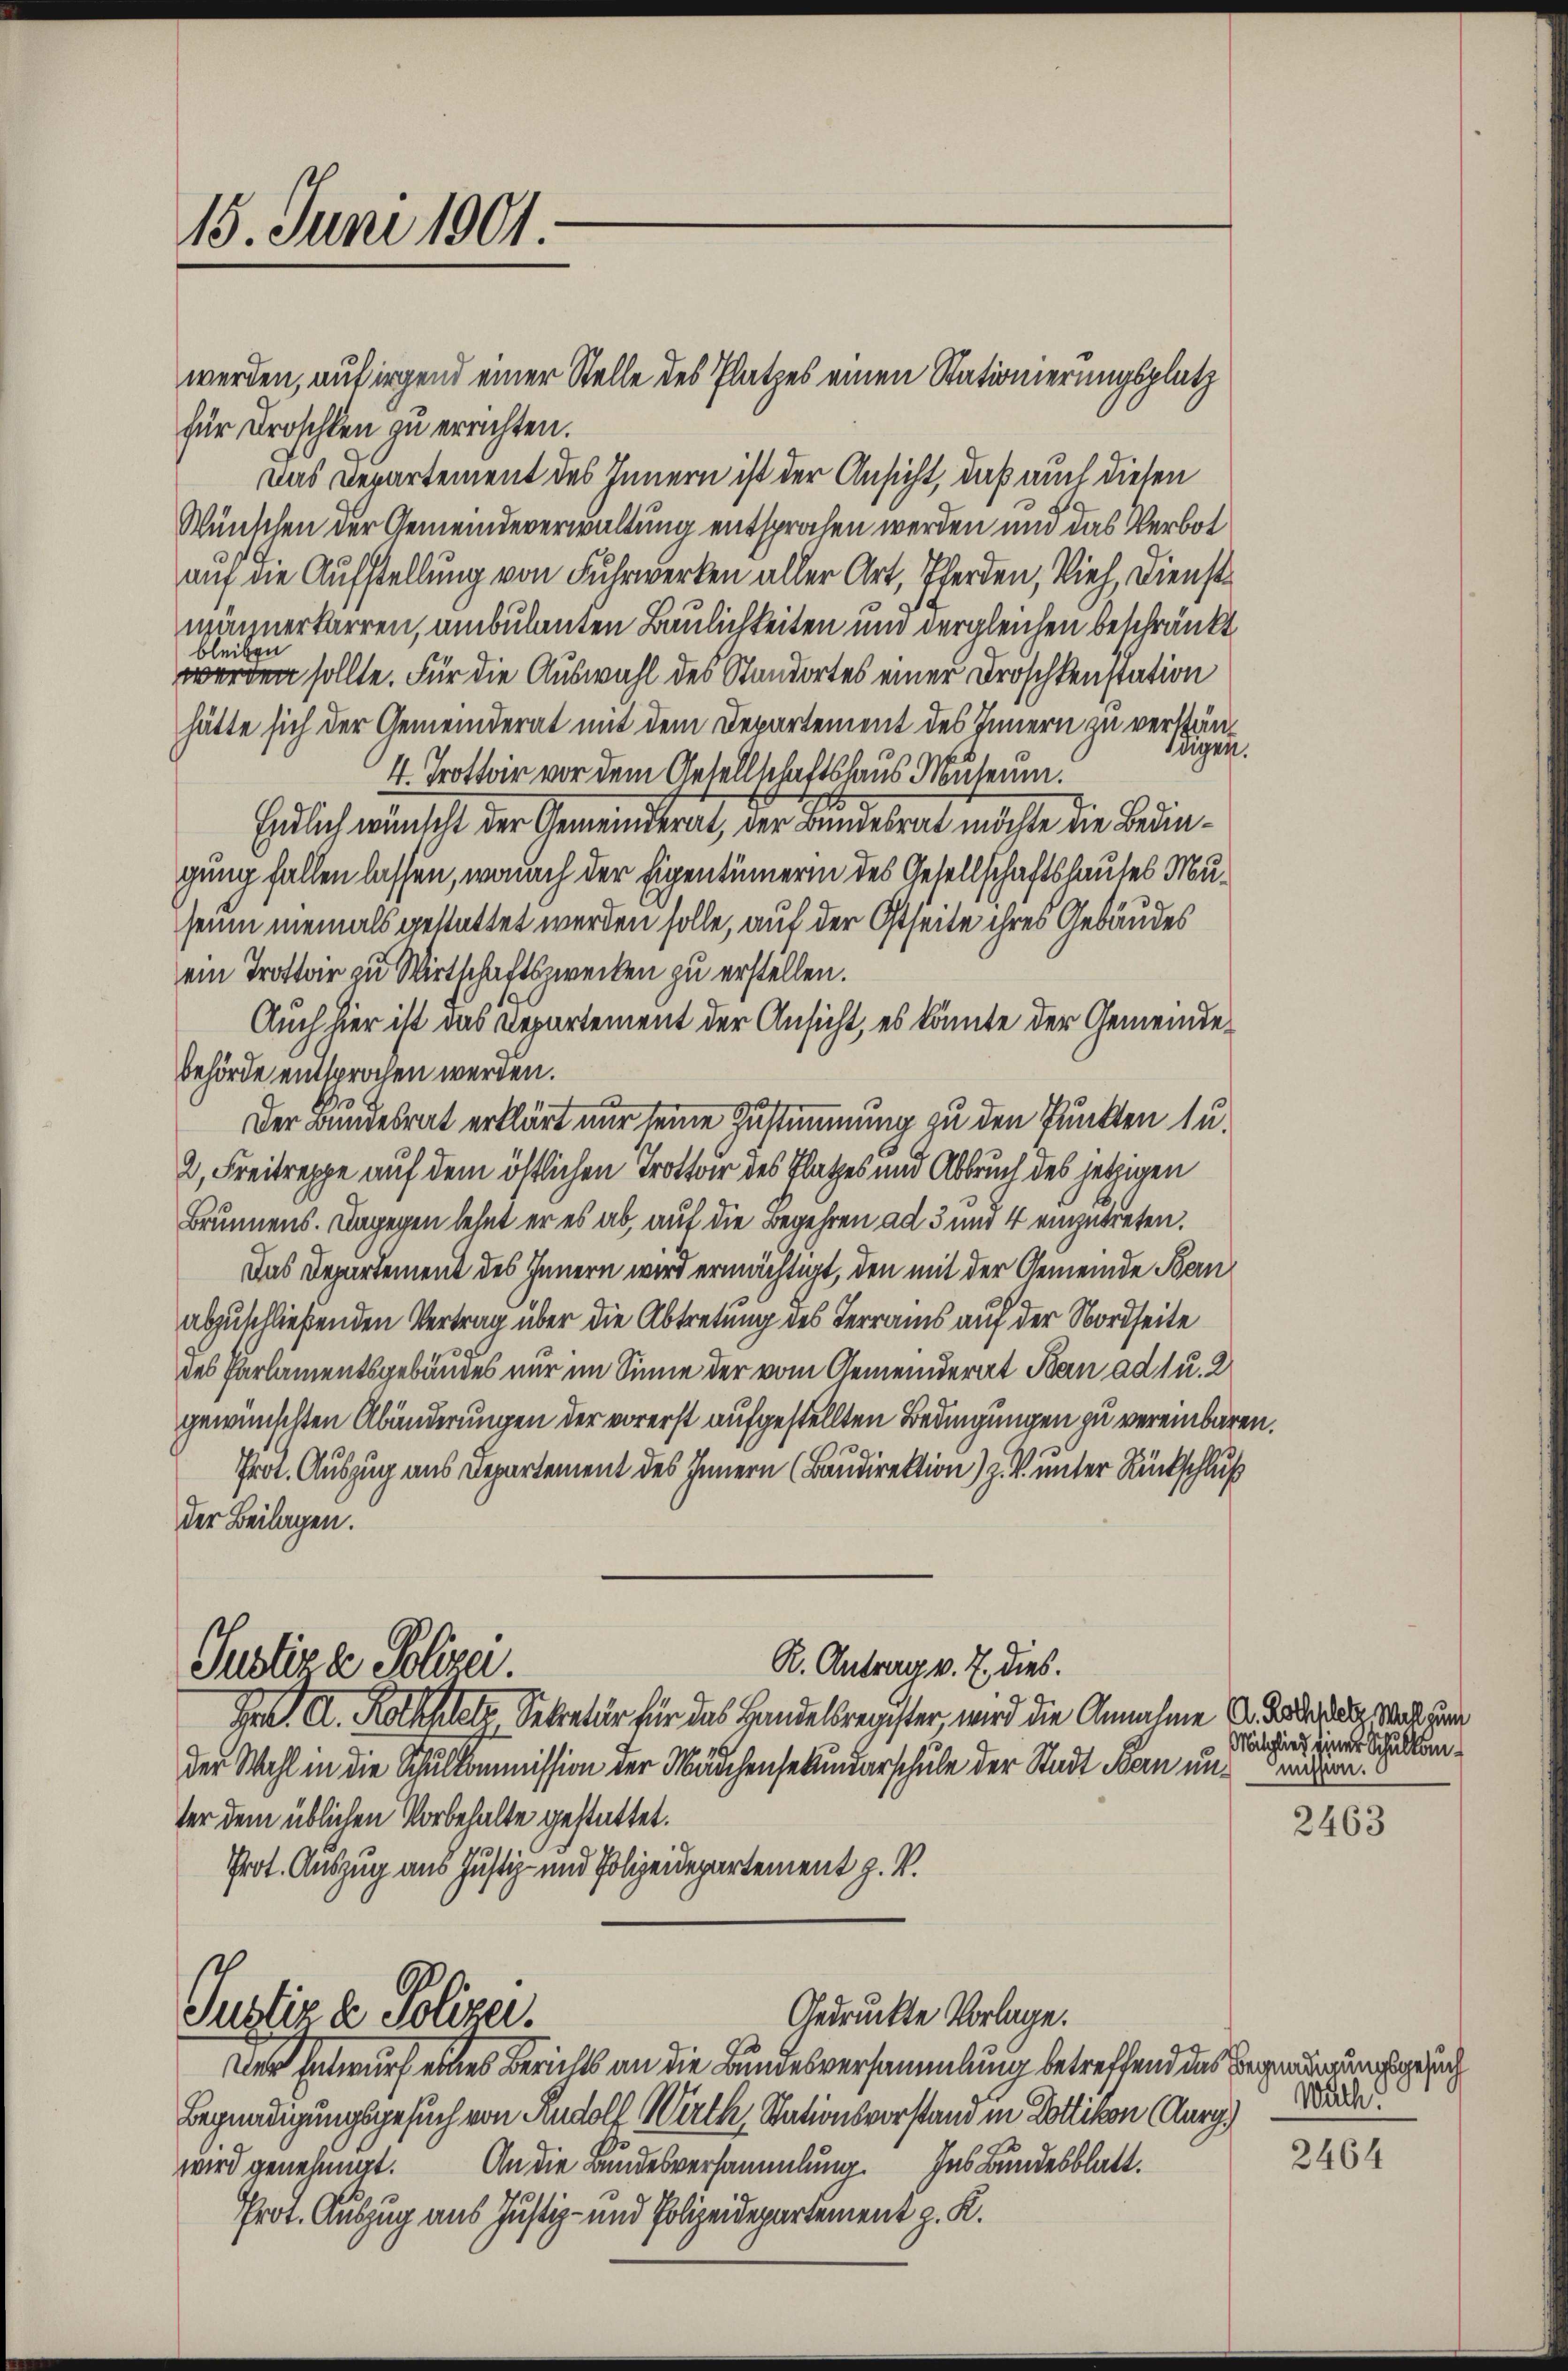
15. Juni 1901.

werden, auf irgend einer Stelle des Platzes einen Stationierungsplatz

für Droschlen zu errichten.
Das Departement des Innern ist der Ansicht, daß auch diesen
Wünschen der Gemeindeverwaltung entsprochen werden und das Verbot
auf die Aufstellung von Fuhrwerken aller Art, Pferden, Vieh, Dienst
männertarren, ambulanten Baulichkeiten und dergleichen beschränkt
bleiben
werden sollte. Für die Auswahl des Standortes einer Droschkenstation
hätte sich der Gemeinderat mit dem Departement des Innern zu verständigen.
4. Trottoir vor dem Gesellschaftshaus Museum.
Endlich wünscht der Gemeinderat, der Bundesrat möchte die Bedingung fallen lassen, wonach der Eigentümerin des Gesellschaftshauses Musein niemals gestattet werden solle, auf der Ostseite ihres Gebäudes
ein Trottoir zu Wirtschaftszwecken zu erstellen.
Auch hier ist das Departement der Ansicht, es könnte der Gemeinde¬
Behörde entsprochen werden.
Der Bundesrat erklärt nur seine Zustimmung zu den Punkten su¬
2, Freitreppe auf dem östlichen Trotto des Platzes und Abbruch des jetzigen
Brunnens. Dagegen lehnt er es ab, auf die Begehren ad 3 und 4 einzutreten.
Das Departement des Innern wird ermächtigt, den mit der Gemeinde Bern
abzuschließenden Vertrag über die Abtretung des Terrains auf der Nordseite
des Parlamentsgebäudes nur im Sinne der vom Gemeinderat Ban ad 1 u. 2
gewünschten Abänderungen der vorerst aufgestellten Bedingungen zu vereinbaren.
Prot. Auszug aus Departement des Innern (Baudirektion) Z. V. unter Rückschluß
der Beilagen.
R. Antrag v. J. dies.
Justiz & Polizei.
Gr. A. Rothkelt Sekretär für das Handelsregister, wird die Annahme A. Boden, was zum
der Wahl in die Schulkommission der Mädchensekundarschule der Stadt Bau uns reichen.
ter dem üblichen Vorbehalte gestattet.
Prot. Auszug aus Justiz- und Polizeidepartement J. V.

Gedruckte Vorlage.
Justiz u. Polizei.

Der Entwurf eines Berichts an die Bundesversammlung betreffend das Begnadigungsgesuch
Begnadigungsgesuch von Rudolf Wirth, Stationsvorstand in Dottikon (Aarg
wird genehmigt. An die Bundesversammlung. Ins Bundesblatt.
Prot. Auszug aus Justiz- und Polizeidepartement z. K.

Mitglied einer Schulkom¬

2463

Wäch

2464